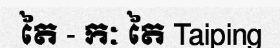
តៃ - កៈ តៃ Taiping